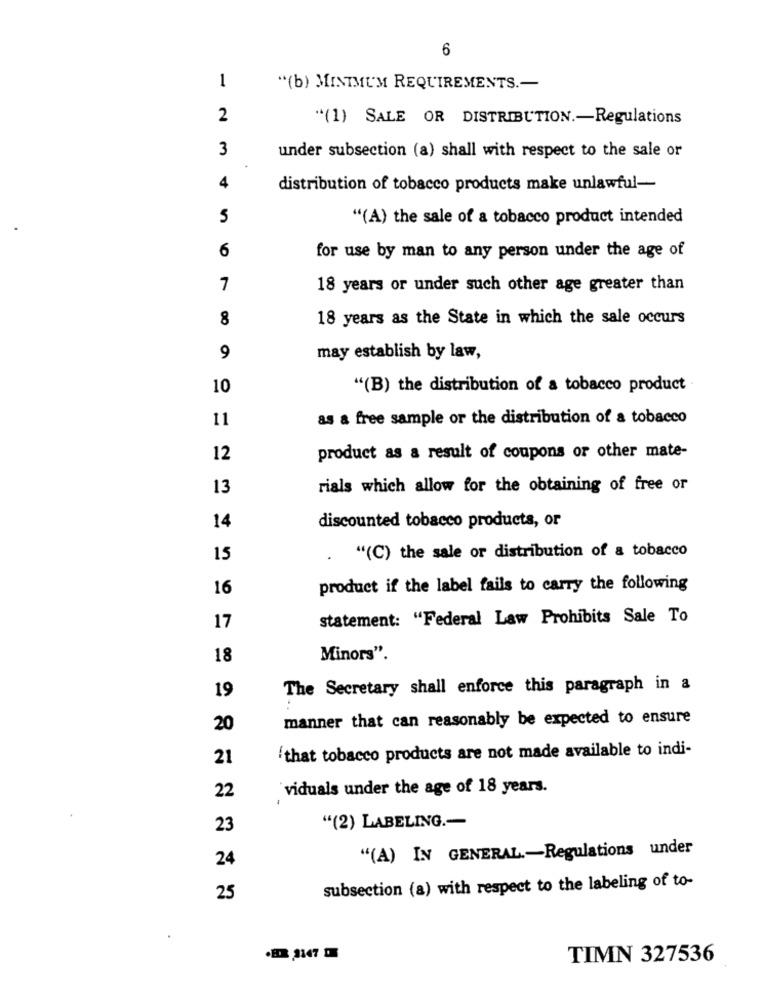
6
1
"(b) MINIMUM REQUIREMENTS .-
2
"(1) SALE OR DISTRIBUTION .- Regulations
3
under subsection (a) shall with respect to the sale or
4
distribution of tobacco products make unlawful-
5
"(A) the sale of a tobacco product intended
6
for use by man to any person under the age of
7
18 years or under such other age greater than
8
18 years as the State in which the sale occurs
9
may establish by law,
10
"(B) the distribution of a tobacco product
11
as a free sample or the distribution of a tobacco
12
product as a result of coupons or other mate-
13
rials which allow for the obtaining of free or
discounted tobacco products, or
14
"(C) the sale or distribution of a tobacco
15
16
product if the label fails to carry the following
statement: "Federal Law Prohibits Sale To
17
18
Minors".
19
The Secretary shall enforce this paragraph in a
manner that can reasonably be expected to ensure
20
'that tobacco products are not made available to indi-
21
22
viduals under the age of 18 years.
23
"(2) LABELING .-
"(A) IN GENERAL .- Regulations under
24
subsection (a) with respect to the labeling of to-
25
.ER 2147 DE
TIMN 327536